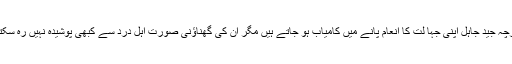
اگرچہ جید جاہل اپنی جہا لت کا انعام پانے میں کامیاب ہو جاتے ہیں مگر ان کی گھناؤنی صورت اہل درد سے کبھی پوشیدہ نہیں رہ سکتی۔